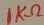
Text: 1KΩ